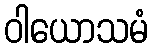
ဝါယောသမံ